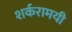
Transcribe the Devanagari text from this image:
शर्करामयी